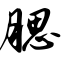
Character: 腮